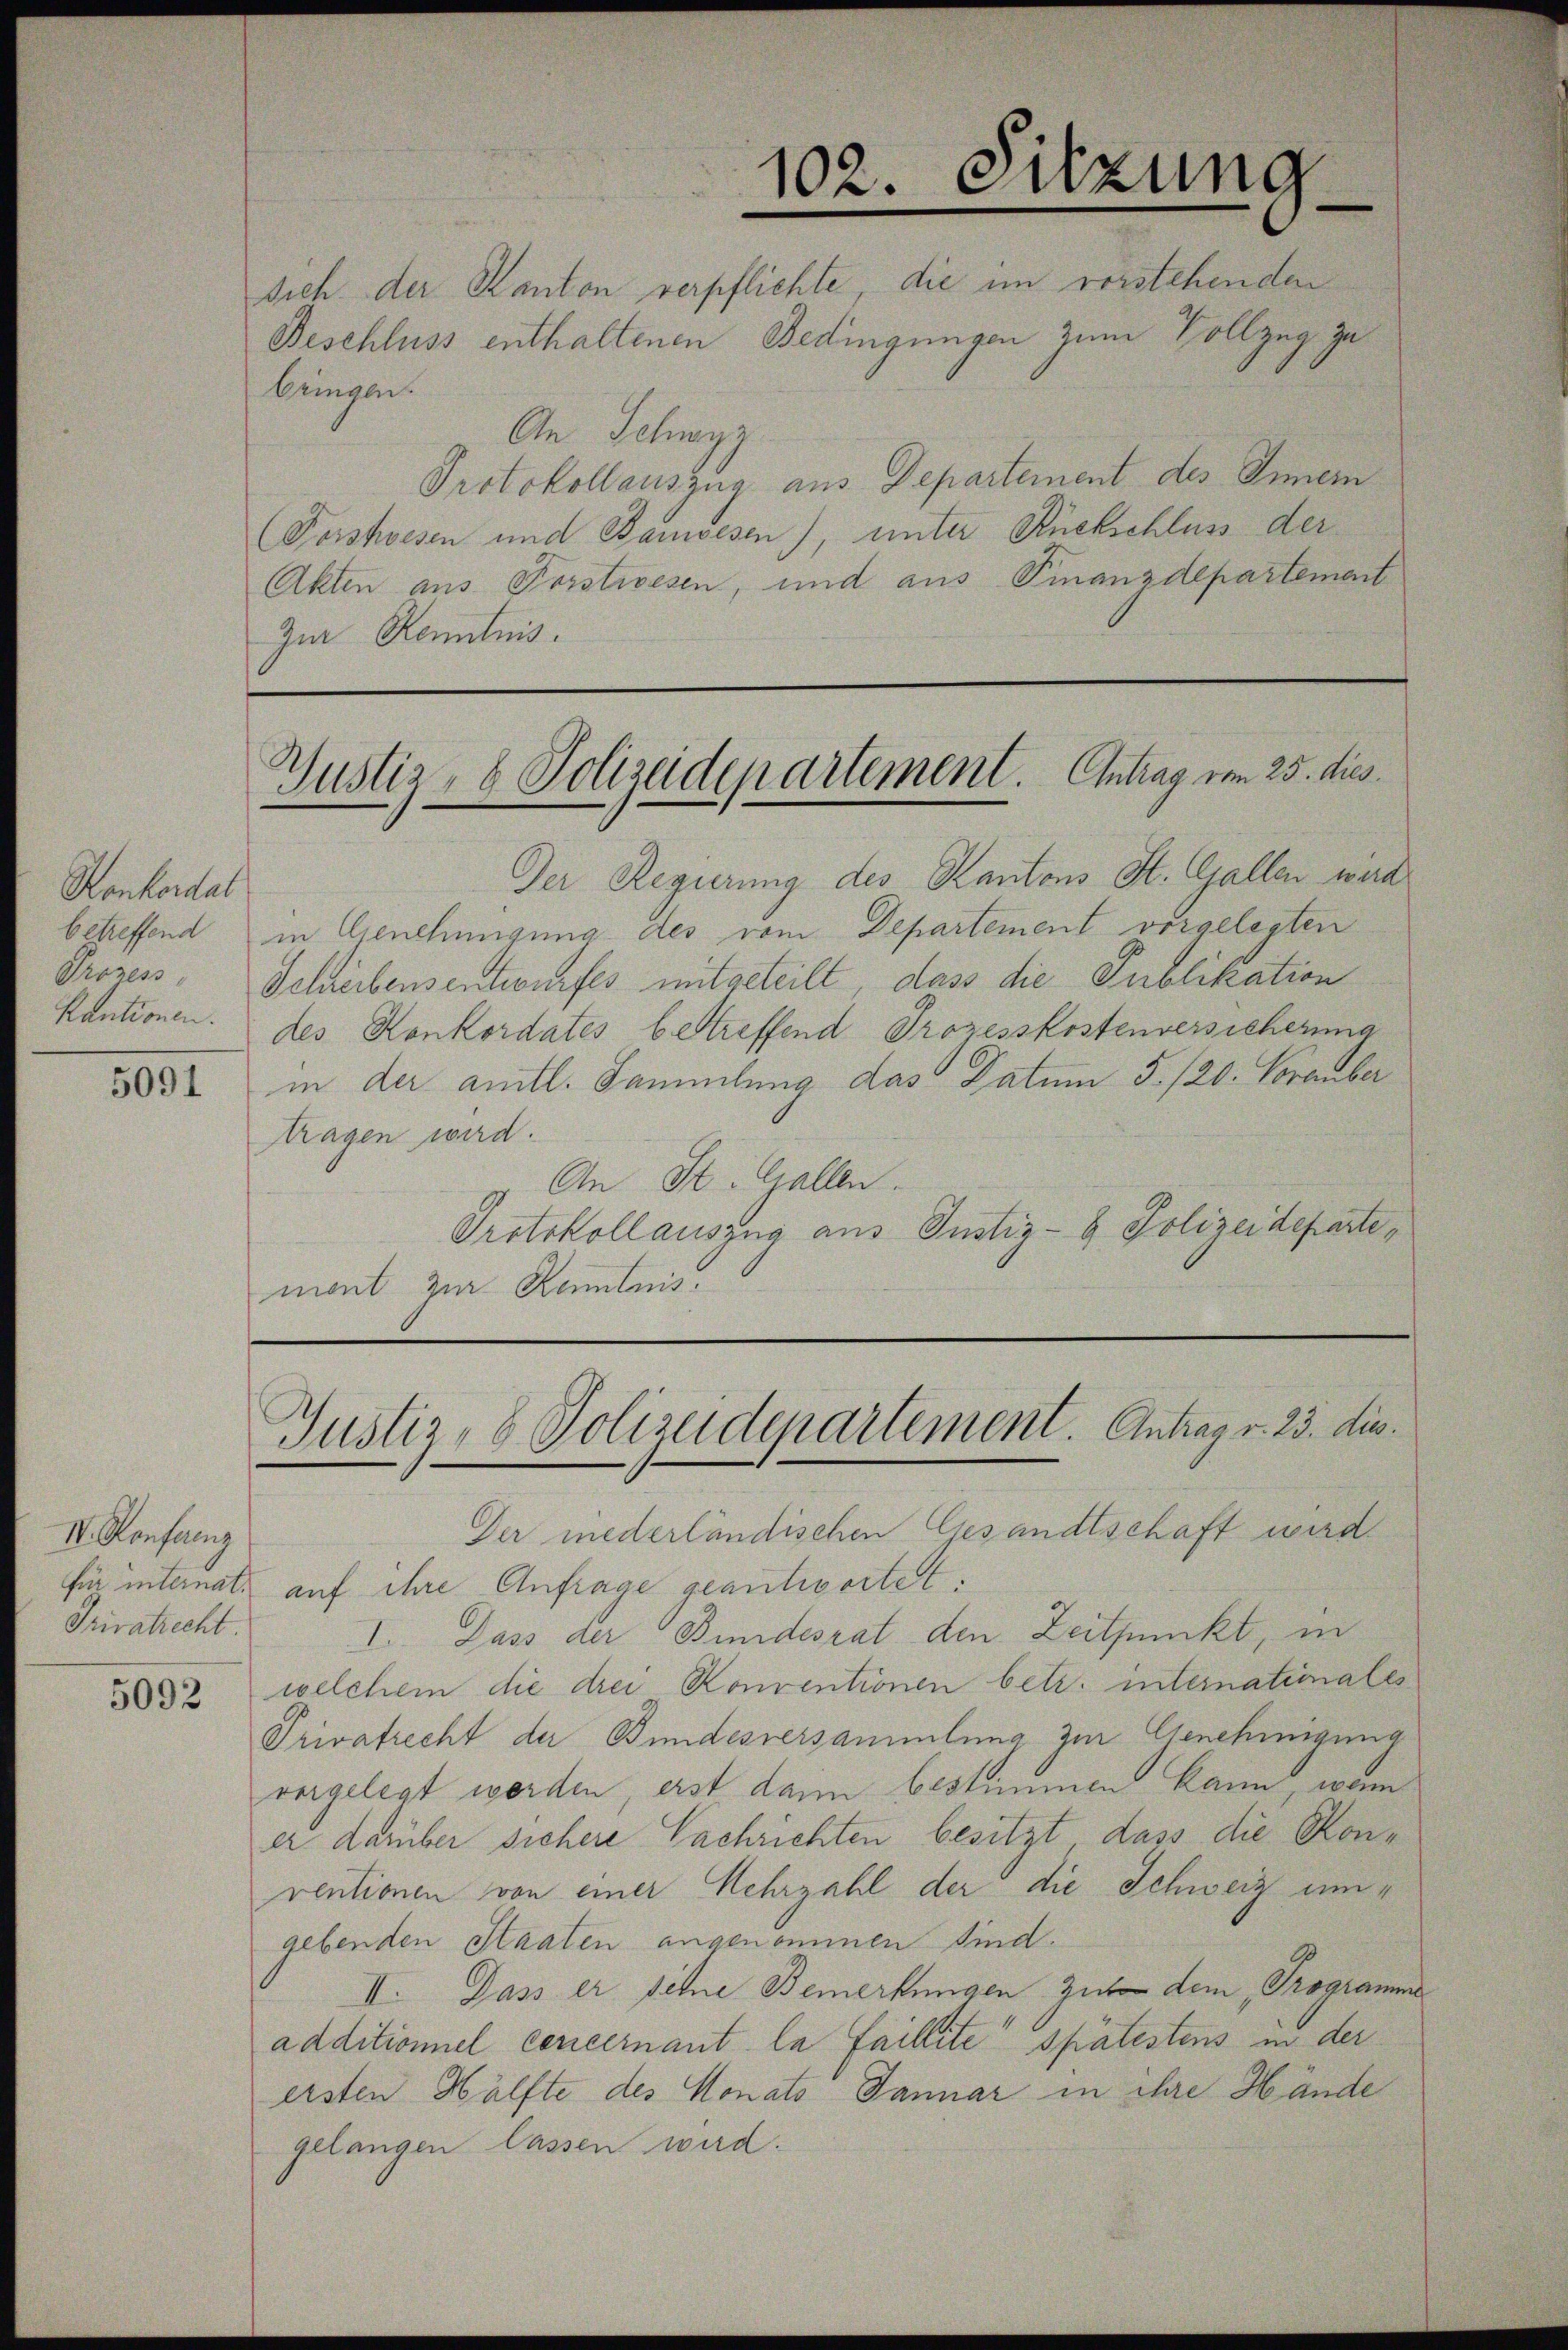
Konkordal
Prozess,

5091

IV. Konferenz
Privatrecht.
5092

Justiz- & Polizeidepartement. Antrag vom 25. dies

Der Regierung des Kantons St. Gallen werd
betreffend in Genehmigung des vom Departement vorgelegten
Schreibensentwurfes mitgeteilt, dass die Publikation
kautionen. des Konkordates bestreffend Prozesskostenversicherung
in der amtl. Sammlung das Datum 5./20. November
tragen wird.
An St. Gallen.
Protokoll auszug aus Justiz- & Polizeidepartemont zur Kentnis.

102. Sitzung
—
sich der Kanton verpflichte, die im vorstehenden

Beschluss enthaltenen Bedingungen zum Vollzug zu
bringen.
An Schwyz
Protokollauszug aus Departement des Inner
Forstwesen und Bauwesen), unter Rückschluss der
Akten aus Porstwesen, und aus Finanzdepartement
Zur Kenntnis.

Justiz- & Polizeidepartement. Antrag v. 23. dies

Der niederländischen Gesandtschaft wird.
für internat. auf ihre Anfrage geantwortet:
I. Dass der Bundesrat den Zeitpunkt, in
welchem die drei Konventionen betr. internationales
Privatrecht der Bundesversammlung zur Genehmigung
vorgelegt werden, erst dann bestimmen kann, wenn
er darüber sichere Nachrichten besitzt dass die Konventionen von einer Mehrzahl der die Schweiz umgebenden Staaten angenommen sind.
II. Dass er sehne Bemerkungen zu dem „Programme
additionnel concernant la faillite spätestens in der
ersten Hälfte des Monats Januar in ihre Hände
gelangen lassen wird.